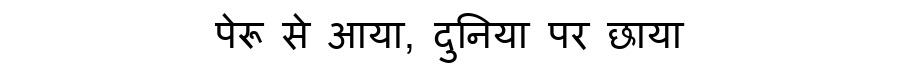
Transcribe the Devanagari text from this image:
पेरू से आया, दुनिया पर छाया